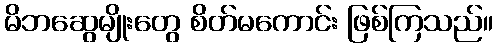
မိဘဆွေမျိုးတွေ စိတ်မကောင်း ဖြစ်ကြသည်။